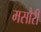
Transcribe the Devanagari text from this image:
मसौरी